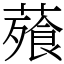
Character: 薞